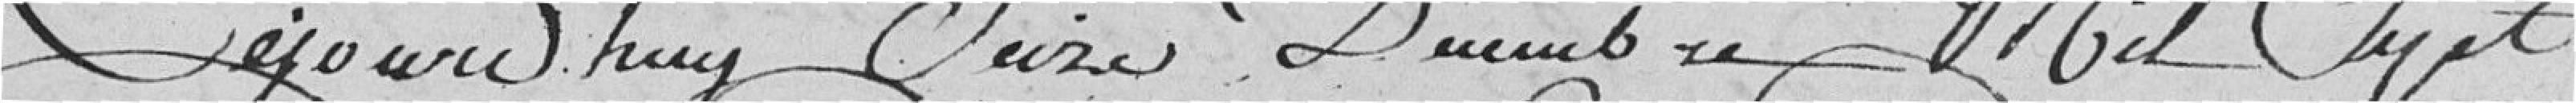
Cejourd'hui, seize décembre Mil Sept